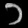
Digit: ၁